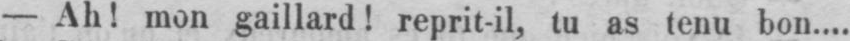
- Ah! mon gaillard! reprit-il, tu as tenu bon....